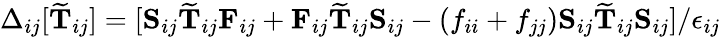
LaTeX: \Delta_{ij}[\mathbf{\widetilde{T}}_{ij}]=[\mathbf{S}_{ij}\mathbf{\widetilde{T}}_{ij}\mathbf{F}_{ij}+\mathbf{F}_{ij}\mathbf{\widetilde{T}}_{ij}\mathbf{S}_{ij}-(f_{ii}+f_{jj})\mathbf{S}_{ij}\mathbf{\widetilde{T}}_{ij}\mathbf{S}_{ij}]/\epsilon_{ij}